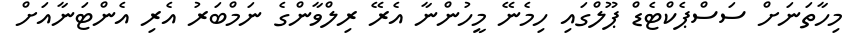
މިހާތަނަށް ސަސްޕެކްޓެޑް ޕޫލްގައި ހިމެނޭ މީހުންނާ އެރޭ ރިލްވާންގެ ނަމްބަރު އެރި އެންޓަނާއަށް